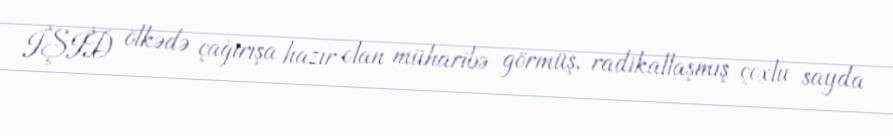
İŞİD ölkədə çağırışa hazır olan müharibə görmüş, radikallaşmış çoxlu sayda